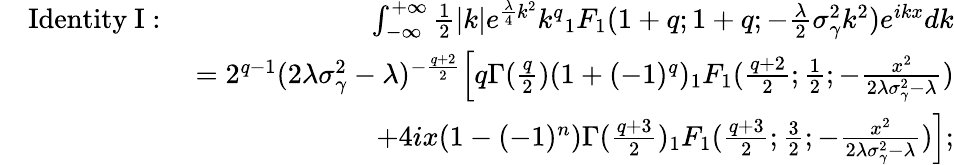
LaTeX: \begin{array}{rlr}&{\mathrm{Identity\ I:}\ }&{\int_{-\infty}^{+\infty}\frac{1}{2}|k|e^{\frac{\lambda}{4}k^{2}}k^{q}{_1F_{1}}(1+q;1+q;-\frac{\lambda}{2}\sigma_{\gamma}^{2}k^{2})e^{ikx}dk}\\ &{}&{=2^{q-1}(2\lambda\sigma_{\gamma}^{2}-\lambda)^{-\frac{q+2}{2}}\Big[q\Gamma(\frac{q}{2})(1+(-1)^{q}){_1F_{1}}(\frac{q+2}{2};\frac{1}{2};-\frac{x^{2}}{2\lambda\sigma_{\gamma}^{2}-\lambda})}\\ &{}&{+4ix(1-(-1)^{n})\Gamma(\frac{q+3}{2}){_1F_{1}}(\frac{q+3}{2};\frac{3}{2};-\frac{x^{2}}{2\lambda\sigma_{\gamma}^{2}-\lambda})\Big];}\end{array}